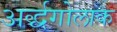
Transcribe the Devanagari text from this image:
अर्द्धगोलाक